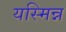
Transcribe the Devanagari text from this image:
यस्मिन्न